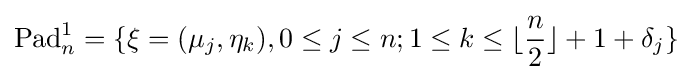
\operatorname {Pad} _{n}^{1}=\lbrace \mathbf {\xi } =(\mu _{j},\eta _{k}),0\leq j\leq n;1\leq k\leq \lfloor {\frac {n}{2}}\rfloor +1+\delta _{j}\rbrace